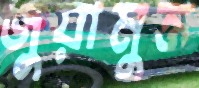
জুয়ামুক্ত